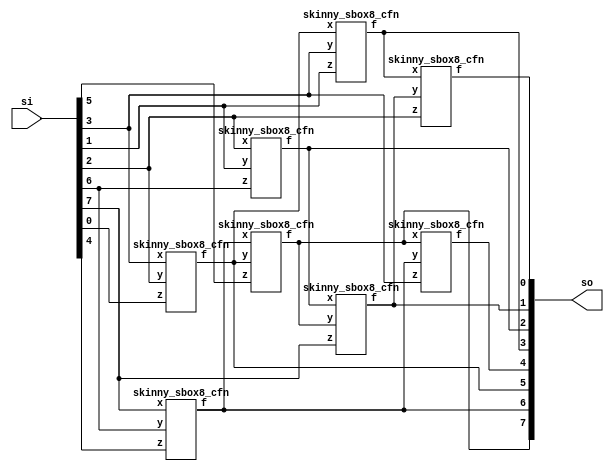
/*
 Designer: Mustafa Khairallah
 Nanyang Technological University
 Singapore
 Date: July, 2021
 */

/*
 This file is the basic implementation of the logic-based Skinny Sbox8.
 */

module skinny_sbox8_logic (
                     // Outputs
                     so,
                     // Inputs
                     si
                     ) ;
   output [7:0] so;
   input [7:0]  si;

   wire [7:0]   a;

   skinny_sbox8_cfn b764 (a[0],si[7],si[6],si[4]);
   skinny_sbox8_cfn b320 (a[1],si[3],si[2],si[0]);
   skinny_sbox8_cfn b216 (a[2],si[2],si[1],si[6]);
   skinny_sbox8_cfn b015 (a[3], a[0], a[1],si[5]);
   skinny_sbox8_cfn b131 (a[4], a[1],si[3],si[1]);
   skinny_sbox8_cfn b237 (a[5], a[2], a[3],si[7]);
   skinny_sbox8_cfn b303 (a[6], a[3], a[0],si[3]);
   skinny_sbox8_cfn b452 (a[7], a[4], a[5],si[2]);

   assign so[6] = a[0];
   assign so[5] = a[1];
   assign so[2] = a[2];
   assign so[7] = a[3];
   assign so[3] = a[4];
   assign so[1] = a[5];
   assign so[4] = a[6];
   assign so[0] = a[7];
   
endmodule // skinny_sbox8

// The core repeated function (x nor y) xor z
module skinny_sbox8_cfn (
                         // Outputs
                         f,
                         // Inputs
                         x, y, z
                         ) ;
   output f;
   input  x, y, z;

   assign f = ((~x) & (~y)) ^ z;
   
endmodule // skinny_sbox8_cfn